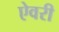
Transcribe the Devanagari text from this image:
ऐवरी